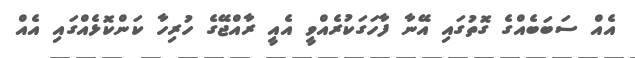
އެއް ސަބަބެއްގެ ގޮތުގައި އޭނާ ފާހަގަކުރެއްވީ އެއީ ރާއްޖޭގެ ހުރިހާ ކަންކޮޅެއްގައި އެއް